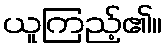
ယူကြည့်၏။